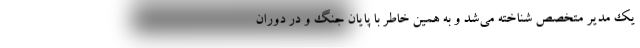
یک مدیر متخصص شناخته می‌شد و به همین خاطر با پایان جنگ و در دوران